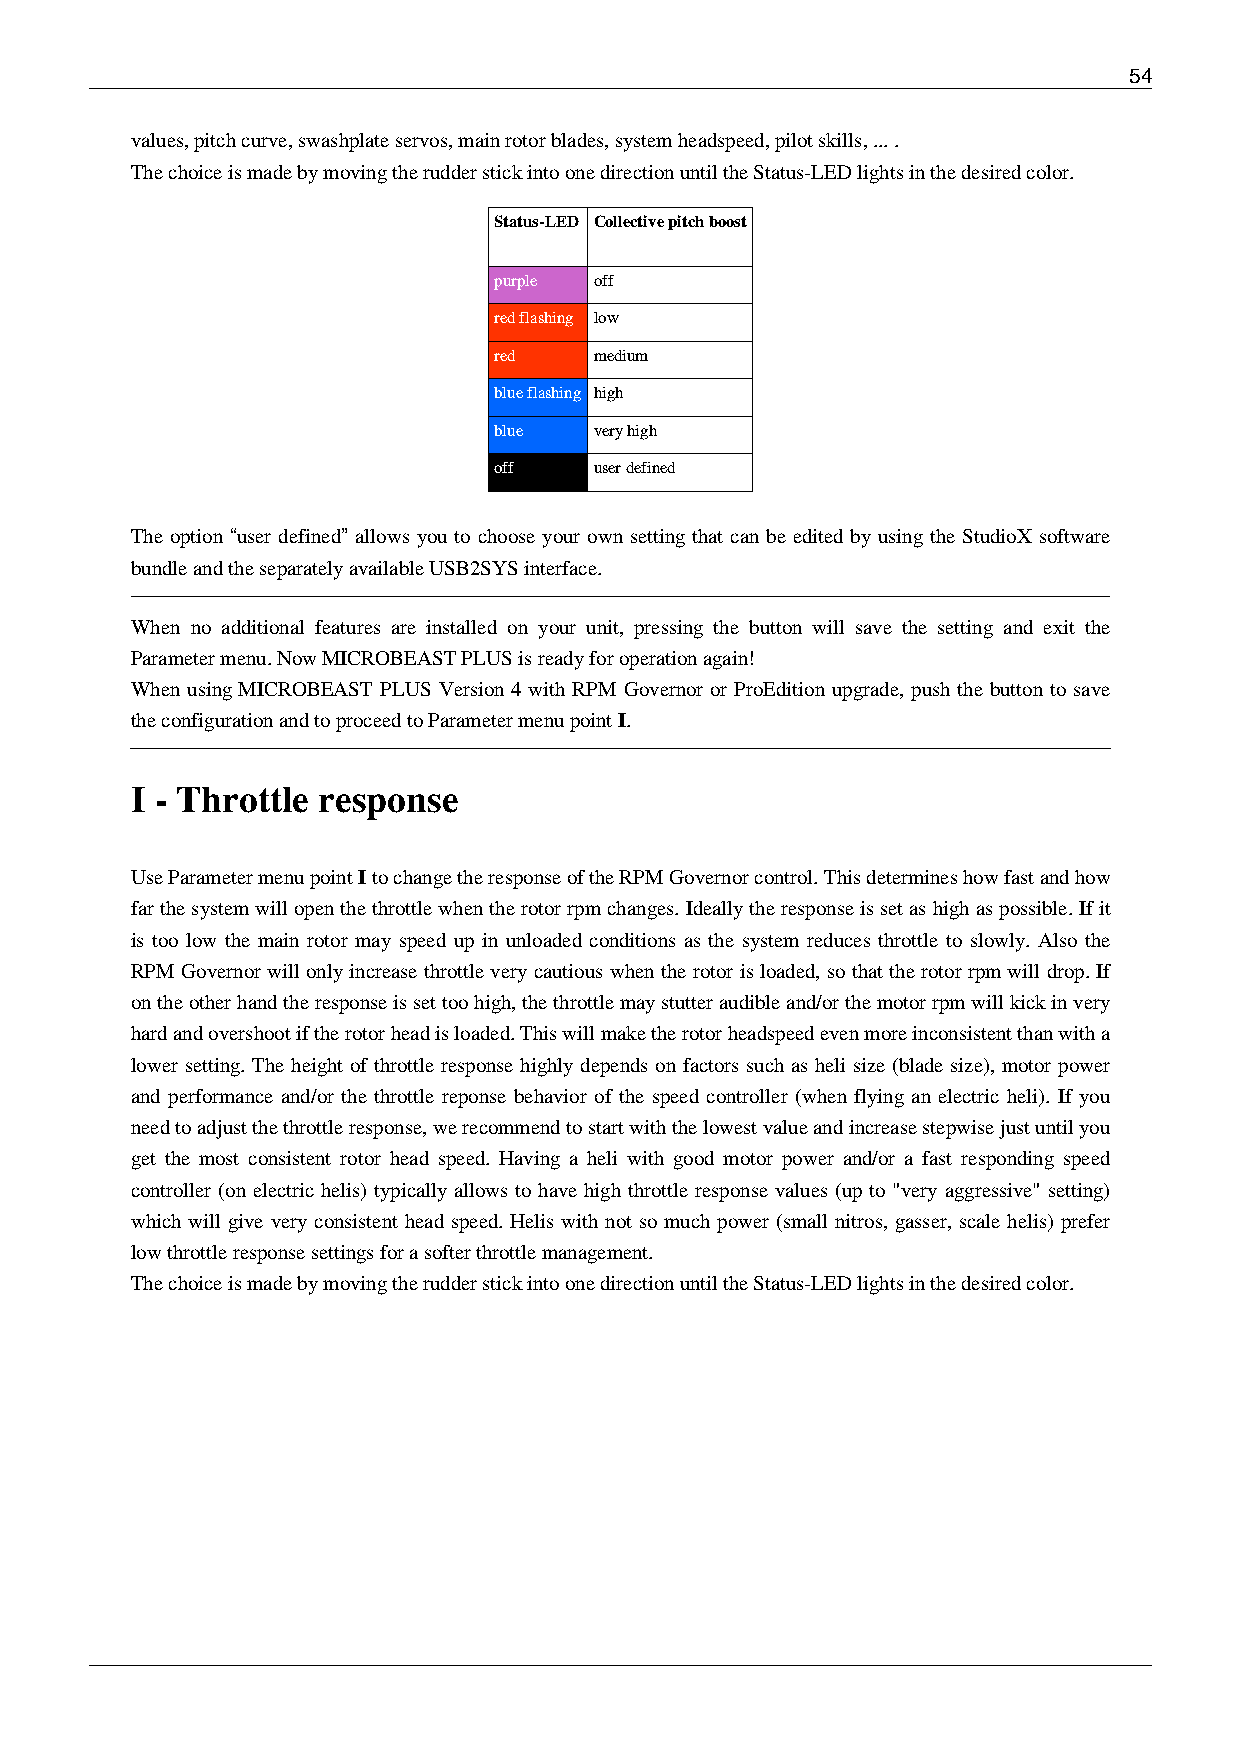
54
 values, pitch curve, swashplate servos, main rotor blades, system headspeed, pilot skills, ... .
 The choice is made by moving the rudder stick into one direction until the Status-LED lights in the desired color.
 Status-LED Collective pitch boost
 purple off
 red flashing low
 red   medium
 blue flashing high
 blue  very high
 off   user defined
 The option “user defined” allows you to choose your own setting that can be edited by using the StudioX software
 bundle and the separately available USB2SYS interface.
 When no additional features are installed on your unit, pressing the button will save the setting and exit the
 Parameter menu. Now MICROBEAST PLUS is ready for operation again!
 When using MICROBEAST PLUS Version 4 with RPM Governor or ProEdition upgrade, push the button to save
 the configuration and to proceed to Parameter menu point I.
 I - Throttle response
 Use Parameter menu point I to change the response of the RPM Governor control. This determines how fast and how
 far the system will open the throttle when the rotor rpm changes. Ideally the response is set as high as possible. If it
 is too low the main rotor may speed up in unloaded conditions as the system reduces throttle to slowly. Also the
 RPM Governor will only increase throttle very cautious when the rotor is loaded, so that the rotor rpm will drop. If
 on the other hand the response is set too high, the throttle may stutter audible and/or the motor rpm will kick in very
 hard and overshoot if the rotor head is loaded. This will make the rotor headspeed even more inconsistent than with a
 lower setting. The height of throttle response highly depends on factors such as heli size (blade size), motor power
 and performance and/or the throttle reponse behavior of the speed controller (when flying an electric heli). If you
 need to adjust the throttle response, we recommend to start with the lowest value and increase stepwise just until you
 get the most consistent rotor head speed. Having a heli with good motor power and/or a fast responding speed
 controller (on electric helis) typically allows to have high throttle response values (up to "very aggressive" setting)
 which will give very consistent head speed. Helis with not so much power (small nitros, gasser, scale helis) prefer
 low throttle response settings for a softer throttle management.
 The choice is made by moving the rudder stick into one direction until the Status-LED lights in the desired color.